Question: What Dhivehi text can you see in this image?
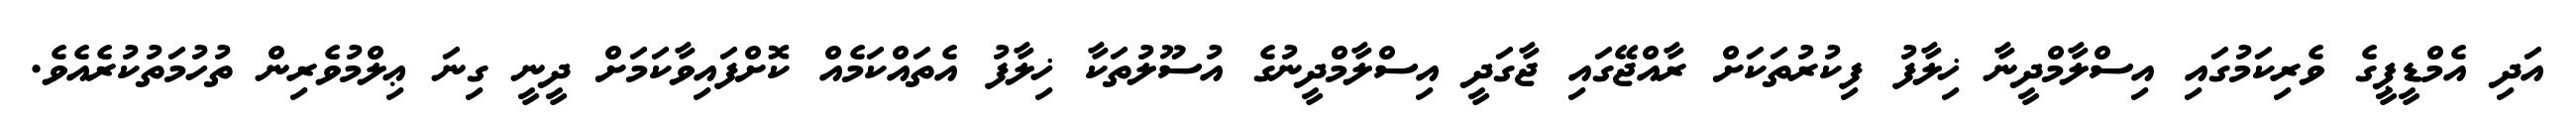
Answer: އަދި އެމްޑީޕީގެ ވެރިކަމުގައި އިސްލާމްދީނާ ޚިލާފު ފިކުރުތަކަށް ރާއްޖޭގައި ޖާގަދީ އިސްލާމްދީނުގެ އުސޫލުތަކާ ޚިލާފު އެތައްކަމެއް ކޮށްފައިވާކަމަށް ދީނީ ގިނަ ޢިލްމުވެރިން ތުހުމަތުކުރެއެވެ.